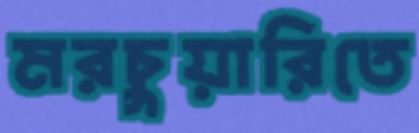
মরচুয়ারিতে